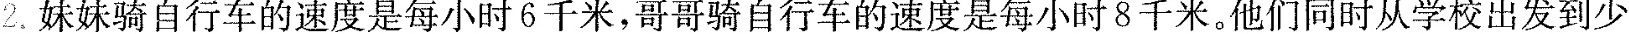
2.妹妹骑自行车的速度是每小时6千米，哥哥骑自行车的速度是每小时8千米。他们同时从学校出发到少